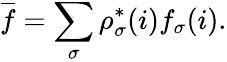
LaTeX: \overline{f}=\sum_{\sigma}\rho_{\sigma}^{*}(i)f_{\sigma}(i).